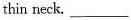
thin neck. ___.